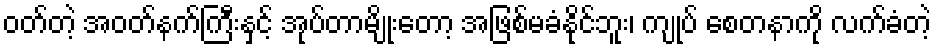
ဝတ်တဲ့ အဝတ်နက်ကြီးနှင့် အုပ်တာမျိုးတော့ အဖြစ်မခံနိုင်ဘူး၊ ကျုပ် စေတနာကို လက်ခံတဲ့